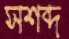
সশব্দ